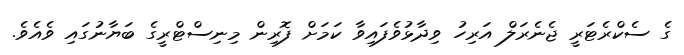
ގެ ސެކްރެޓަރީ ޖެނެރަލް އަރިހު ވިދާޅުވެފައިވާ ކަމަށް ފޮރިން މިނިސްޓްރީގެ ބަޔާނުގައި ވެއެވެ.